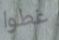
غطوا